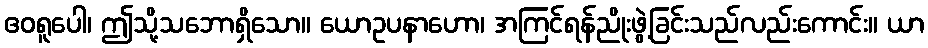
ဧဝရူပေါ၊ ဤသို့သဘောရှိသော။ ယောဥပနာဟော၊ အကြင်ရန်ညိုးဖွဲ့ခြင်းသည်လည်းကောင်း။ ယာ